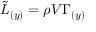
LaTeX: { \tilde { L } } _ { ( y ) } = \rho V \Gamma _ { ( y ) }